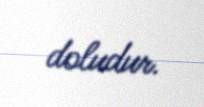
doludur.